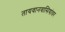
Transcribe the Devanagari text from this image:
तायवानवासियांवर